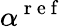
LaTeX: \alpha^{\mathrm{~r~e~f~}}